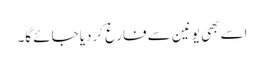
اسے بھی یونین سے فارغ کردیا جائے گا۔